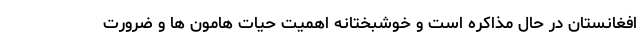
افغانستان در حال مذاکره است و خوشبختانه اهمیت‌ حیات هامون ها و ضرورت